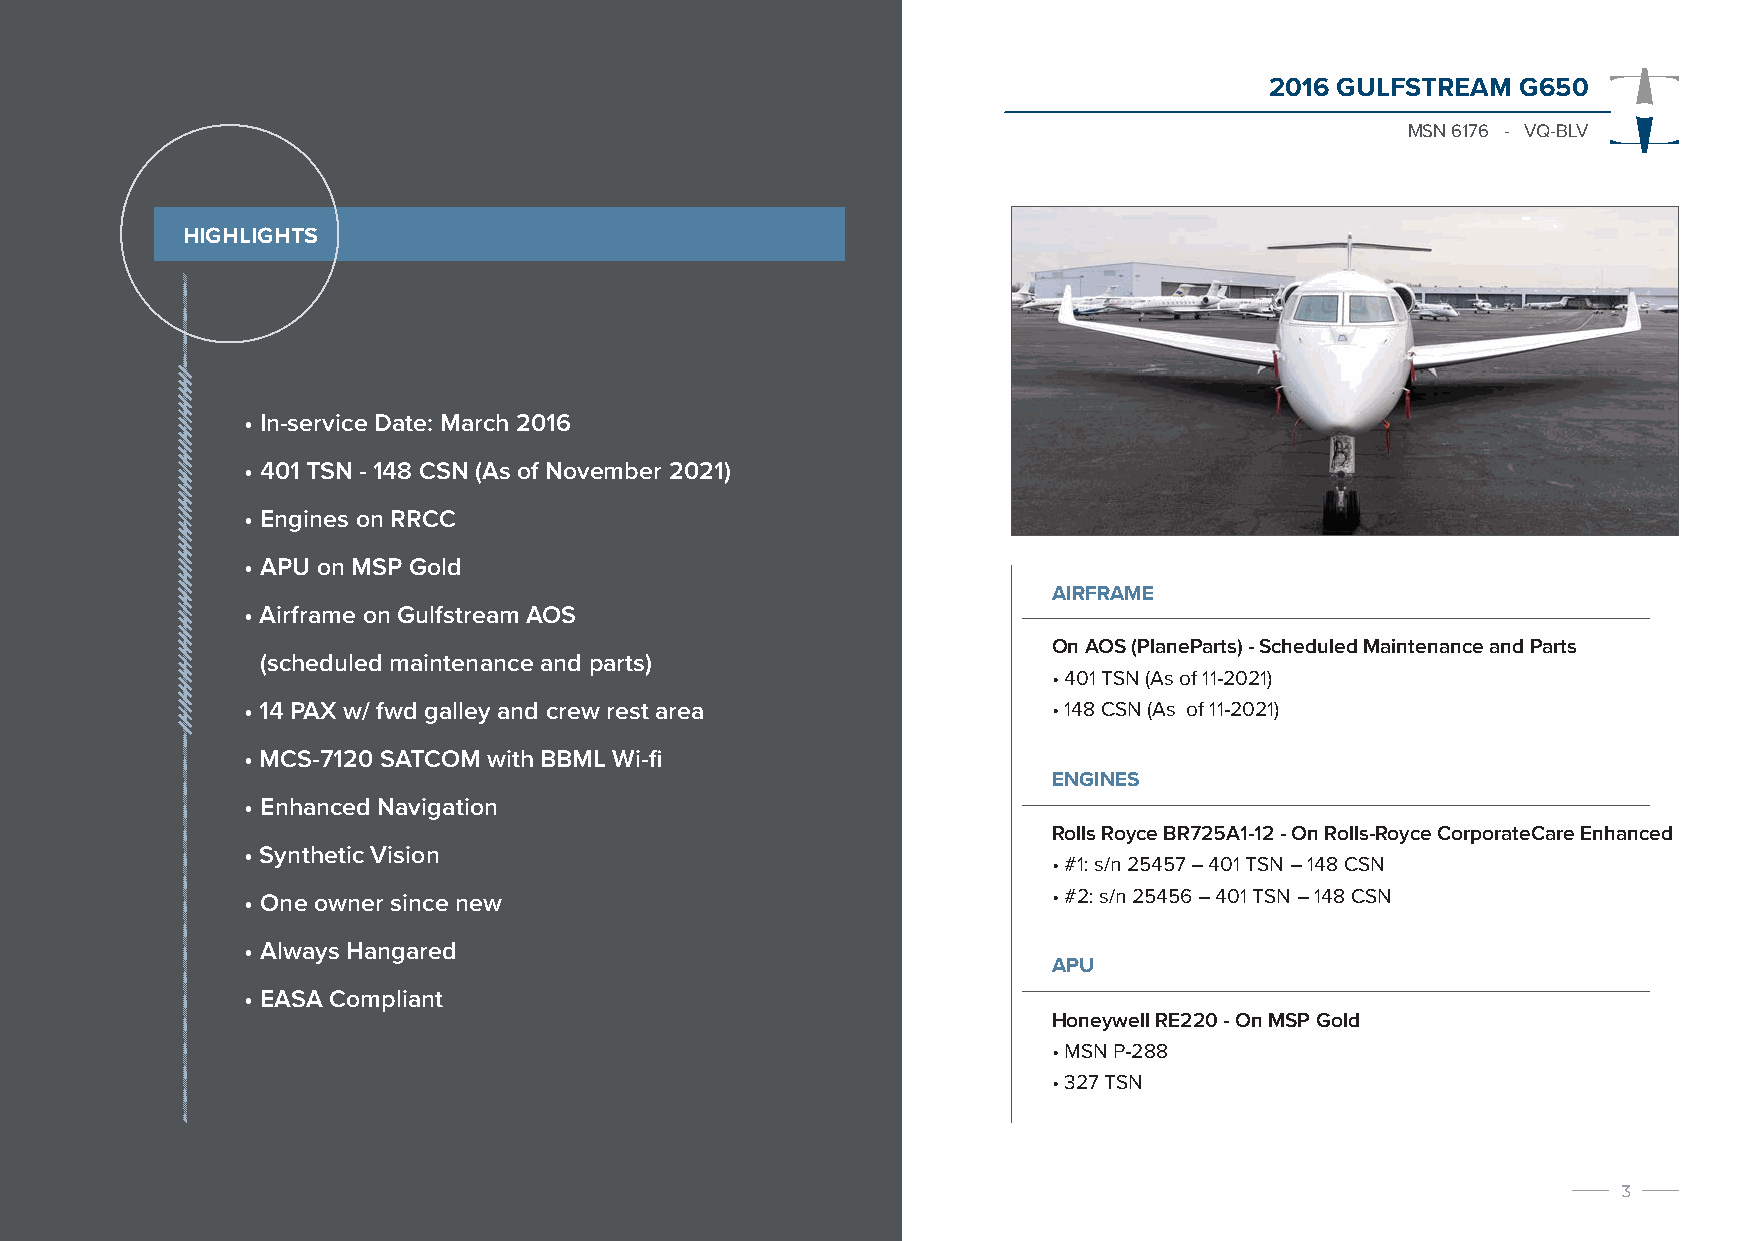
2016 GULFSTREAM  G650
 MSN 6176 - VQ-BLV
 HIGHLIGHTS
 • In-service Date: March 2016
 • 401 TSN - 148 CSN (As of November 2021)
 • Engines on RRCC
 • APU on MSP Gold
 AIRFRAME
 • Airframe on Gulfstream AOS
 On AOS (PlaneParts) - Scheduled Maintenance and Parts
 (scheduled maintenance and parts)
 • 401 TSN (As of 11-2021)
 • 14 PAX w/ fwd galley and crew rest area             • 148 CSN (As of 11-2021)
 • MCS-7120 SATCOM with BBML Wi-fi
 ENGINES
 • Enhanced Navigation
 Rolls Royce BR725A1-12 - On Rolls-Royce CorporateCare Enhanced
 • Synthetic Vision
 • #1: s/n 25457 – 401 TSN – 148 CSN
 • One owner since new                                 • #2: s/n 25456 – 401 TSN – 148 CSN
 • Always Hangared
 APU
 • EASA Compliant
 Honeywell RE220 - On MSP Gold
 • MSN P-288
 • 327 TSN
 3